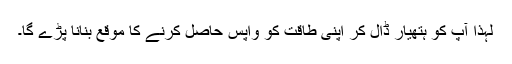
لہذا آپ کو ہتھیار ڈال کر اپنی طاقت کو واپس حاصل کرنے کا موقع بنانا پڑے گا۔